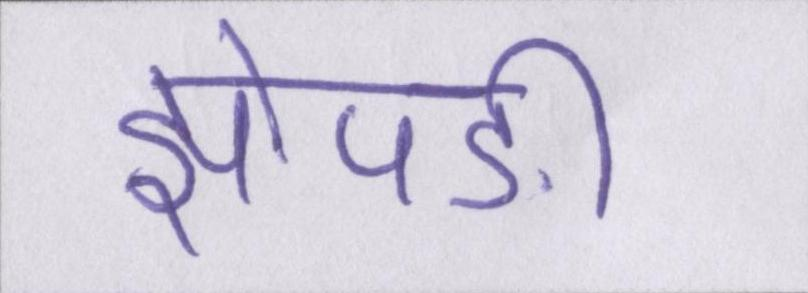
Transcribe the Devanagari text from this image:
झोपङीं